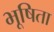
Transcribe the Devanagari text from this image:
भूषिता